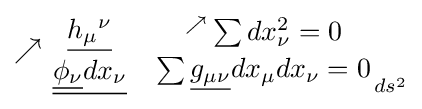
\nearrow {{\underline {h_{\mu }{}^{\nu }}} \atop {\underline {{\underline {\phi _{\nu }}}dx_{\nu }}}}\;\;\;{{{}^{\nearrow }\sum dx_{\nu }^{2}=0} \atop {\sum {\underline {g_{\mu \nu }}}dx_{\mu }dx_{\nu }=0}}_{ds^{2}}